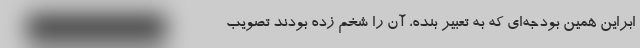
ابراین همین بودجه‌ای که به تعبیر بنده، آن را شخم زده بودند تصویب